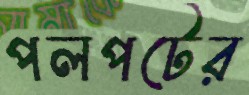
পলপটের